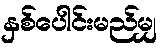
နှစ်ပေါင်းမည်မျှ